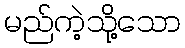
မည်ကဲ့သို့သော